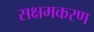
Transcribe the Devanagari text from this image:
सक्षमकरण